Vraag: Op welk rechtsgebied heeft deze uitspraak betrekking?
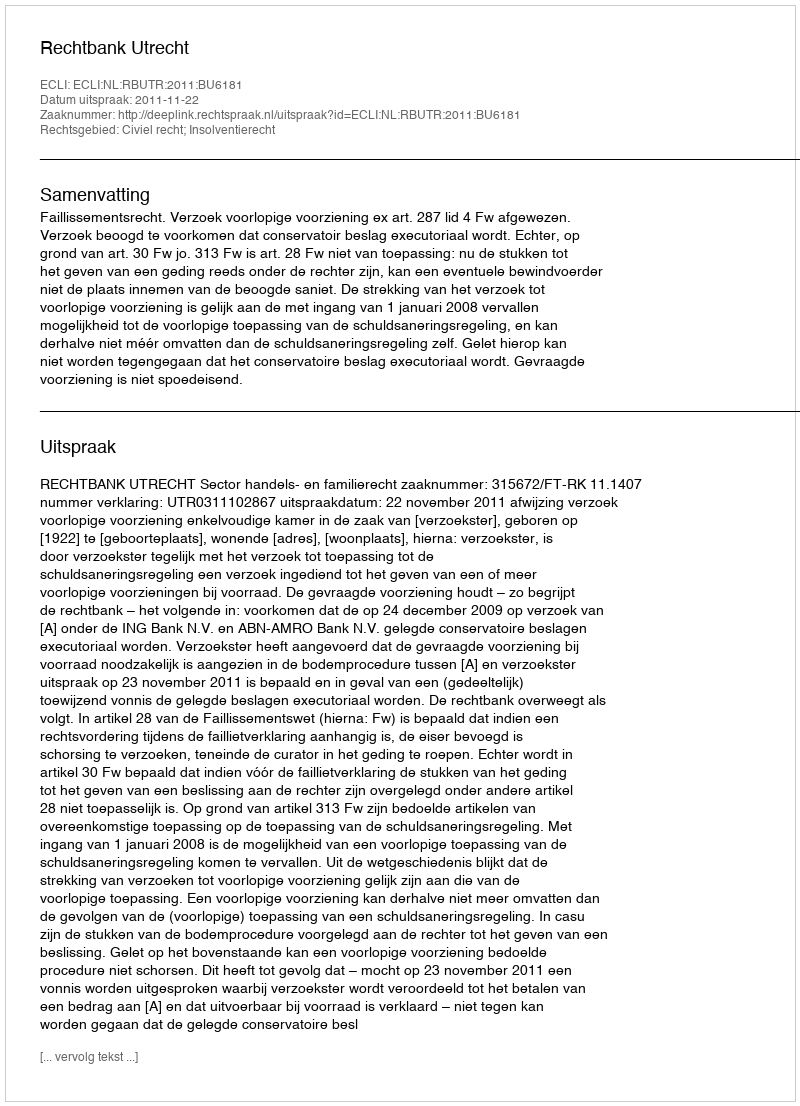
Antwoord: Civiel recht; Insolventierecht